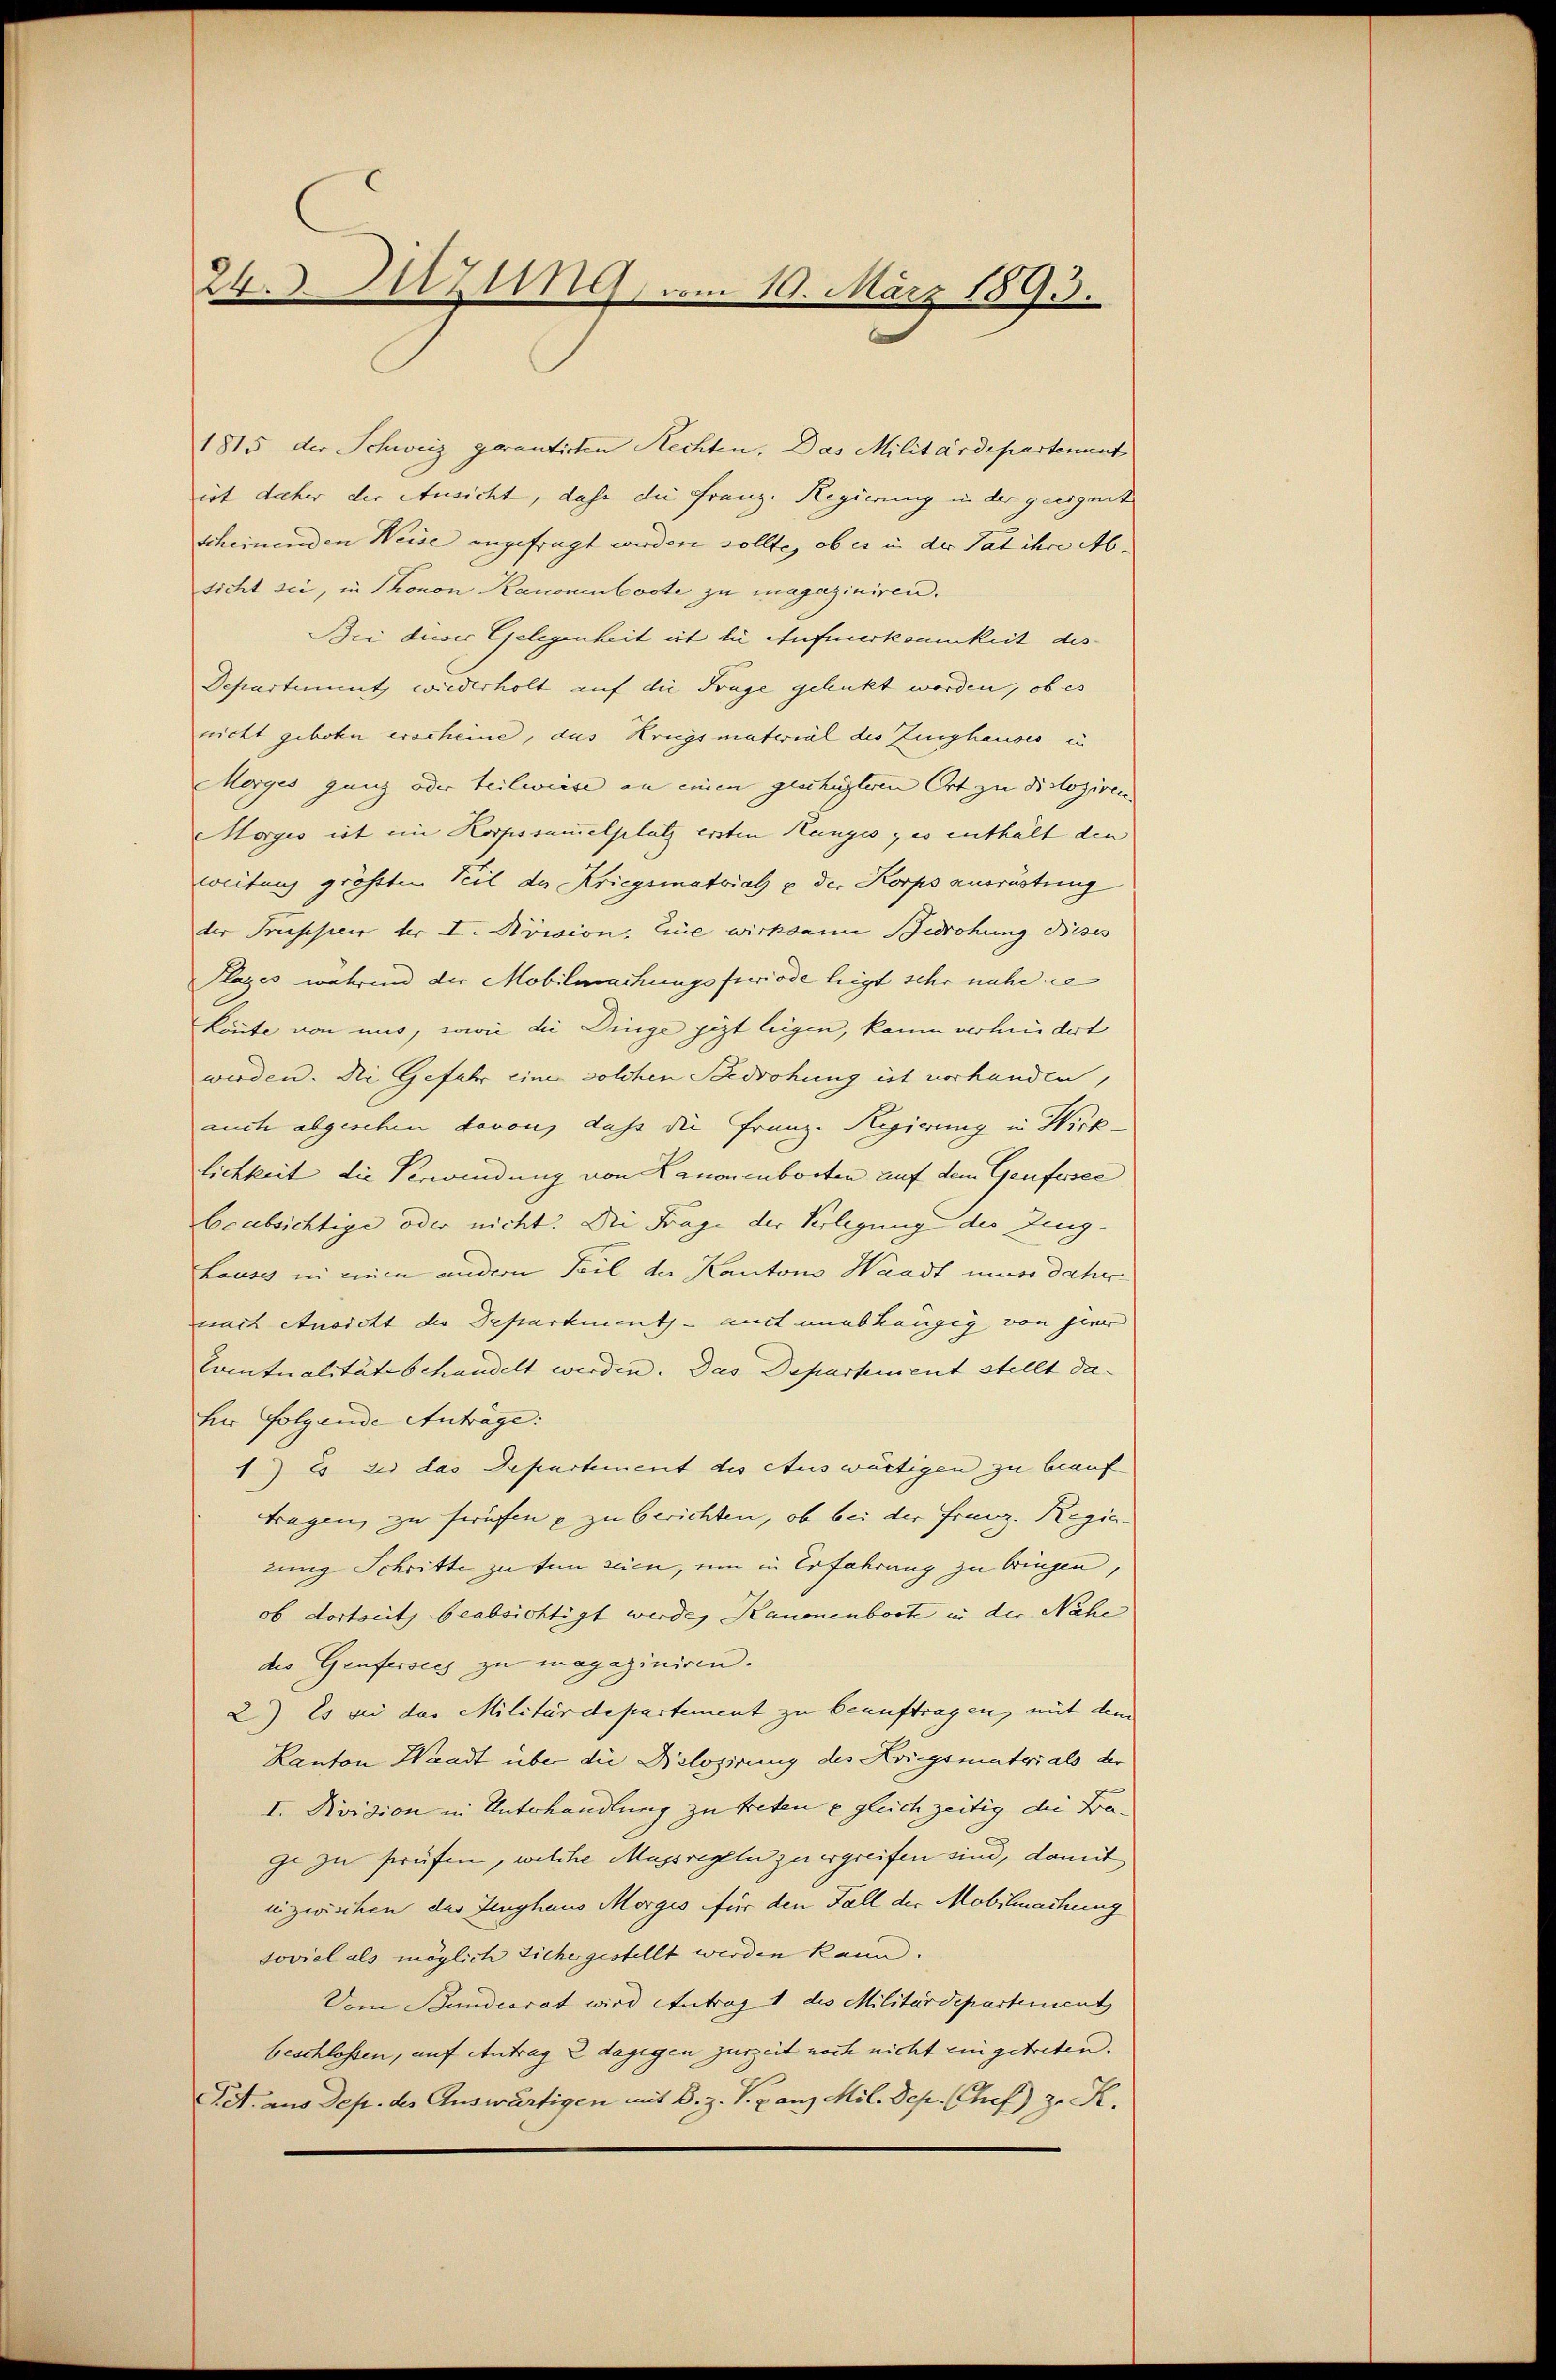
24. Hitzig, vom 10. März 1893.

1815 der Schweiz gerantirten Rechten. Das Militärdepartement
ist daher der Ausicht, dahe die Franz. Regierung in der geeignet
scheinenden Weise angefragt werden sollte, ob es in der Tat ihre Ab-
sicht sie, in Thonon Kanonenboote zu magaziniren.
Bei dieser Gelegenheit ist die Aufmerksamkeit des
Departinuuth wiederholt auf die Frage gelenkt worden, ob es
nicht geboten erscheine, das Kriegsmaterial des Zinghauses in
Morges ganz oder teilwiese an einen geschüzteren Ort zu disloziren |
Morges ist im Korpssummelplatz ersten Ranges zes enthält den
weitung größten Teil des Kriegsmatrial u der Korps ausrüstung
der Truppen der I. Division, Eine wirksame Bedrohung dieses
Plages während der Mobilmachungsferiode leigt sehr nahe de
könte von mit, sowie die Dinge jezt liegen, kaum verhindert
werden. Die Gefahr eine solchen Bedrohung ist vorhanden,
auch abgeschen davon, dass die Franz-Regierung in Wirklichkeit die Verwendung von Kanonenborten auf dem Genfessee
beabsichtige oder nicht. Die Frage der Verlegung der Zing-
Lauses in einen andern Teil der Kantons Waadt muss daher
wach Ansicht des Deparkment - aut unabhängig von hier
Contualitätsbehandelt werden. Das Departement stellt daher Folgende Anträge:
1) Es sie das Departement des Auswärtigen zu beauftragen zu sprüfen u zu berichten, ob bei der Franz. Regie-
zung Schritte zu tun seien, um in Erfahrung zu bringen,
ob dortseits beabsichtigt werde, Kanonenbocte in der Nahe
die Genfersees zu magaziniren.
2) Es bei das Militärdepartement zu beauftragen, mit dem
Kanton Waadt über die Dislozirung des Kriegsmater als der
I. Division in Unterhandlung zu treten e gleichzeitig die Baze zu streifen, welche Massregeln zu ergreifen sind, damit
inzwischen des Zeughaus Morges für den Fall der Mobilmachung
soviel als möglich Sichergestellt werden kann.
Vom Bundesrat wird Antrag 1 des Militärdepartement
beschlossen, auf Antrag 2 dagegen zurzeit noch nicht ein getreten.
Tit. aus Dep. des Auswärtigen mit B. z. B. ganz Mil. Sep. Chef) z. K.